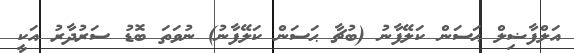
އަލްފާޟިލް ޙަސަން ކަލޭފާނު (ބުޗާ ޙަސަން ކަލޭފާނު) ނުވަތަ ބޮޑު ސަރުދާރު އަކީ